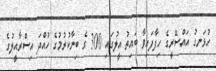
ހުޅަނގު އައްސޭރީގެ ހިފާފައިވާ ބައިތު އީލުގައި 300 ގެ ބިނާކުރުމުގެ ހުއްދަ އިސްރާއީލުގެ